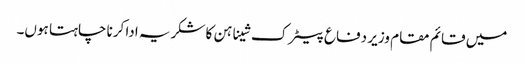
میں قائم مقام وزیر دفاع پیٹرک شیناہن کا شکریہ ادا کرنا چاہتا ہوں۔